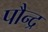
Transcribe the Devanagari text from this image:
पौन्द्र